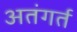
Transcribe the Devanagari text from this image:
अतंगर्त